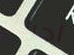
أحرك